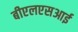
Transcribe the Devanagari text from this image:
बीएलएसआई